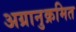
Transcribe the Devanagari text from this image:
अग्रानुक्रमित